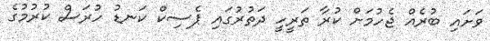
ވަށައި ބުރެއް ޖެހުމަށް ކުރާ ތަރީހީ ދަތުރުގައި ޕެސިކް ކަނޑު ހުރަސް ކުރުމުގެ